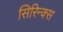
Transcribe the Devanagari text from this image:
सिरिन्क्स